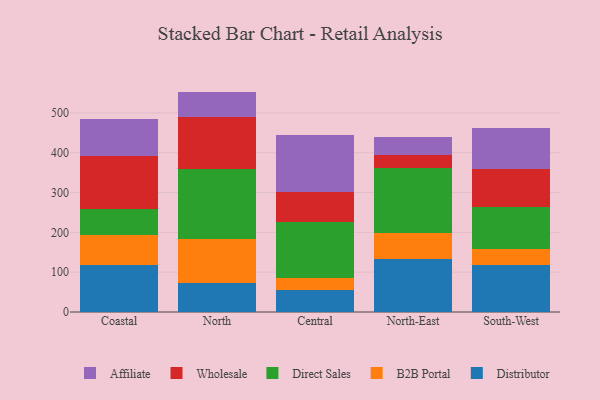
{"axis": {"x": "Region", "y": "Energy Usage (MWh)"}, "legend": ["Affiliate", "B2B Portal", "Direct Sales", "Distributor", "Wholesale"], "data": [{"x": "Coastal", "y": 118.5, "type": "Distributor"}, {"x": "Coastal", "y": 76.1, "type": "B2B Portal"}, {"x": "Coastal", "y": 64.6, "type": "Direct Sales"}, {"x": "Coastal", "y": 131.7, "type": "Wholesale"}, {"x": "Coastal", "y": 94.4, "type": "Affiliate"}, {"x": "North", "y": 74.0, "type": "Distributor"}, {"x": "North", "y": 110.1, "type": "B2B Portal"}, {"x": "North", "y": 175.0, "type": "Direct Sales"}, {"x": "North", "y": 130.3, "type": "Wholesale"}, {"x": "North", "y": 64.1, "type": "Affiliate"}, {"x": "Central", "y": 54.5, "type": "Distributor"}, {"x": "Central", "y": 29.8, "type": "B2B Portal"}, {"x": "Central", "y": 141.9, "type": "Direct Sales"}, {"x": "Central", "y": 74.6, "type": "Wholesale"}, {"x": "Central", "y": 143.8, "type": "Affiliate"}, {"x": "North-East", "y": 132.5, "type": "Distributor"}, {"x": "North-East", "y": 65.7, "type": "B2B Portal"}, {"x": "North-East", "y": 162.8, "type": "Direct Sales"}, {"x": "North-East", "y": 32.2, "type": "Wholesale"}, {"x": "North-East", "y": 46.7, "type": "Affiliate"}, {"x": "South-West", "y": 117.2, "type": "Distributor"}, {"x": "South-West", "y": 40.5, "type": "B2B Portal"}, {"x": "South-West", "y": 104.8, "type": "Direct Sales"}, {"x": "South-West", "y": 96.8, "type": "Wholesale"}, {"x": "South-West", "y": 102.8, "type": "Affiliate"}]}